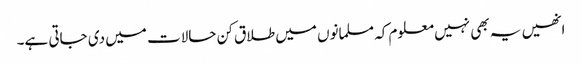
انھیں یہ بھی نہیں معلوم کہ مسلمانوں میں طلاق کن حالات میں دی جاتی ہے۔